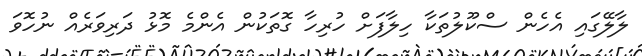
ލާލޭގައި އެހެން ސްކޫލުތަކާ ހިލާފަށް ހުރިހާ ގޮތަކުން އެންމެ މޮޅު ދަރިވަރެއް ނުހޮވަ